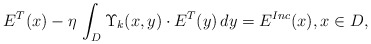
\begin{align*}E^T(x) - \eta \, \int_{D}\Upsilon_k(x,y) \cdot E^T(y)\,dy=E^{Inc}(x),x\in D,\end{align*}